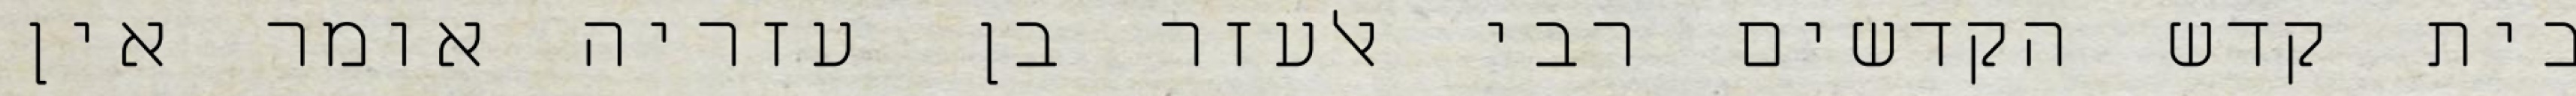
בית קדש הקדשים רבי אלעזר בן עזריה אומר אין